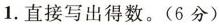
1. 直接写出得数。(6分)